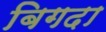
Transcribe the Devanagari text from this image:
बिगदा